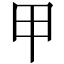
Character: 甲